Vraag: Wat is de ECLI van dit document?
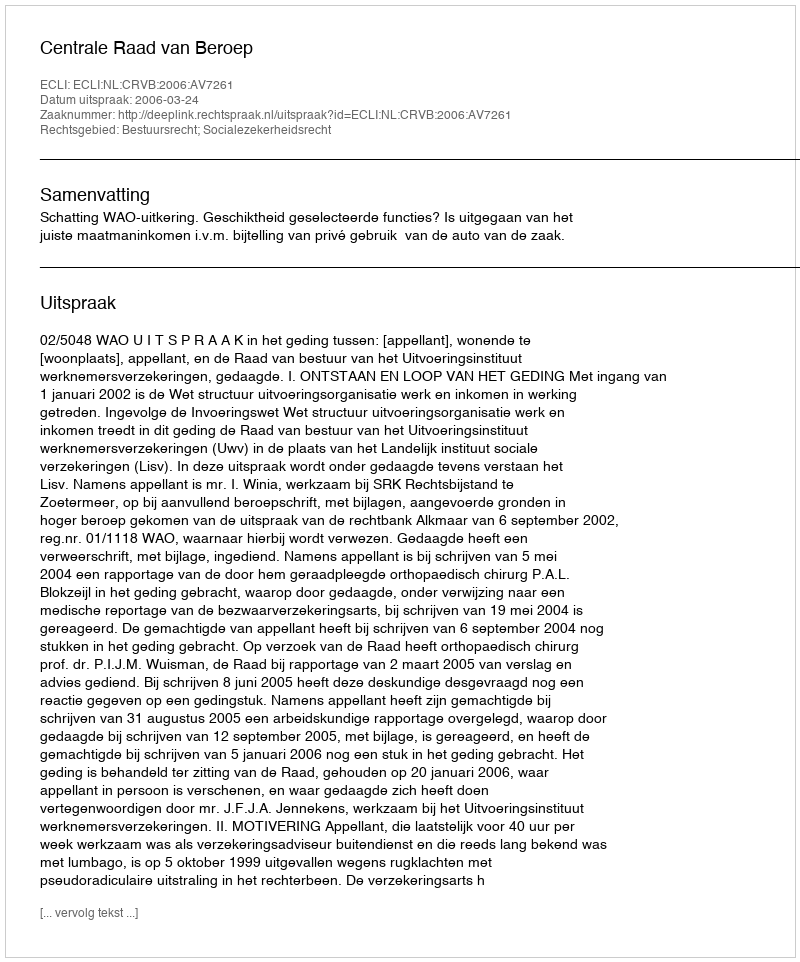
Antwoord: ECLI:NL:CRVB:2006:AV7261